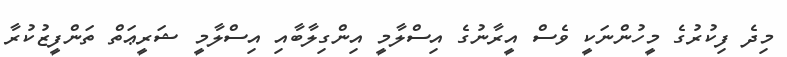
މިދެ ފިކުރުގެ މީހުންނަކީ ވެސް އީރާނުގެ އިސްލާމީ އިންގިލާބާއި އިސްލާމީ ޝަރީޢަތް ތަންފީޒުކުރާ